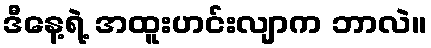
ဒီနေ့ရဲ့ အထူးဟင်းလျာက ဘာလဲ။